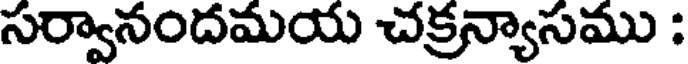
సర్వానందమయ చక్రన్యాసము :